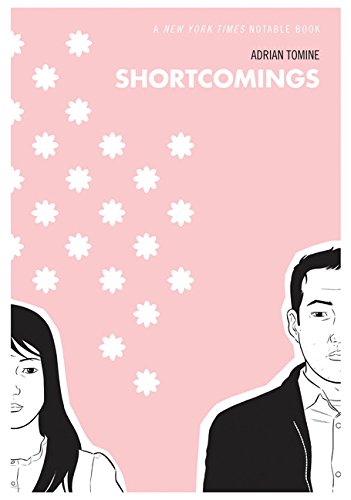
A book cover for Shortcomings; Adrian Tomine; Comics & Graphic Novels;